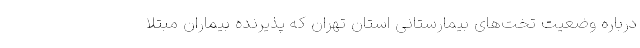
درباره وضعیت تخت‌های بیمارستانی استان تهران که پذیرنده بیماران مبتلا